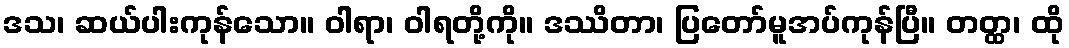
ဒသ၊ ဆယ်ပါးကုန်သော။ ဝါရာ၊ ဝါရတို့ကို။ ဒဿိတာ၊ ပြတော်မူအပ်ကုန်ပြီ။ တတ္ထ၊ ထို